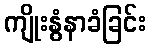
ကျိုးနွံနာခံခြင်း